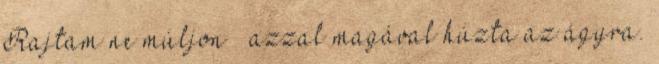
Rajtam ne múljon – azzal magával húzta az ágyra.